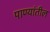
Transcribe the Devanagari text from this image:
पाण्यांतील